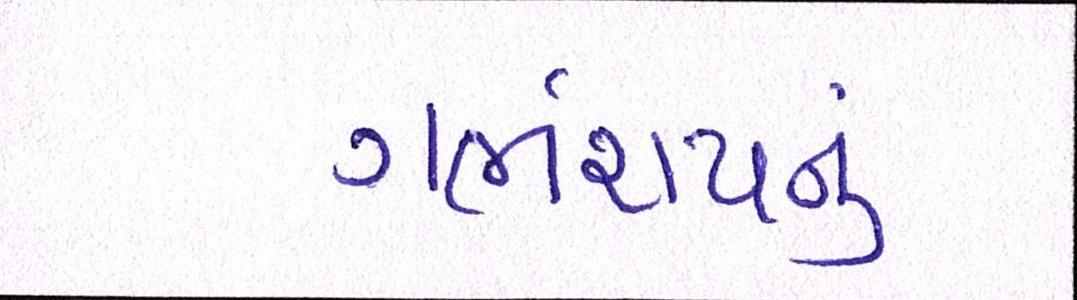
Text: ગર્ભાશયનું